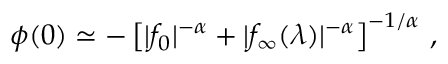
\phi ( 0 ) \simeq - \left[ | f _ { 0 } | ^ { - \alpha } + | f _ { \infty } ( \lambda ) | ^ { - \alpha } \right] ^ { - 1 / \alpha } \, ,